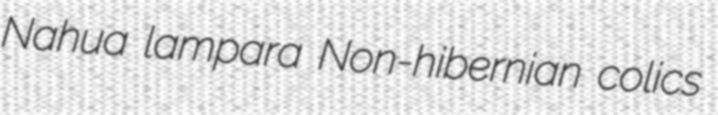
Nahua lampara Non-hibernian colics